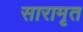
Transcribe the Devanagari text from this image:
सारामृत